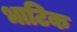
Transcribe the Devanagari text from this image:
भाटिक